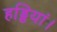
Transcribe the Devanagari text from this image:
हड्डियां।